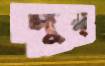
দুর্